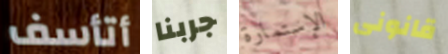
أتأسف جربنا الإستمارة قانونى